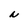
Character: N